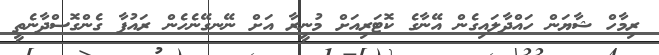
ރިމާހް ޝާޔަން ހައްދާލައިގެން އޭނާގެ ކޮޓަރިއަށް މުނީރާ އަށް ނޭނގޭނެހެން ރައުފާ ގެންގޮސްދާނެތީ